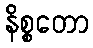
နိစ္စတော